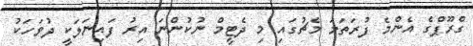
ގްރޫޕްގެ އެންމެ ފުރަތަމަ މެޗުގައި މި ދެޓީމް ނުކުންނަ އިރު ފައިނަލަކީ ދުވަހަކު